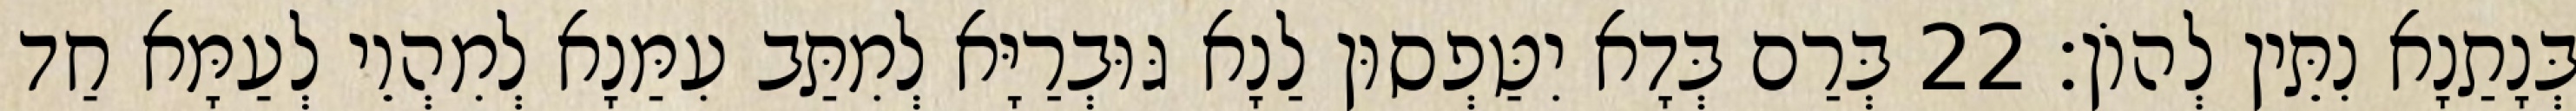
בְּנָתַנָא נִתֵּין לְהוֹן׃ 22 בְּרַם בְּדָא יִטַּפְסוּן לַנָא גּוּבְרַיָּא לְמִתַּב עִמַּנָא לְמִהְוֵי לְעַמָּא חַד